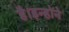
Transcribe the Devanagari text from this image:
है।इन्होने